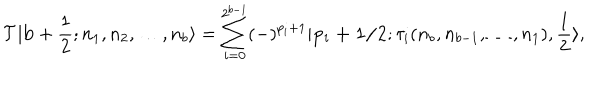
LaTeX: { \cal T } | { \bf b } + \frac { 1 } { 2 } ; n _ { 1 } , n _ { 2 } , \ldots , n _ { b } \rangle = \sum _ { i = 0 } ^ { 2 ^ { b - 1 } } ( - ) ^ { p _ { i } + 1 } | { \bf { p _ { i } + 1 / 2 } } ; \tau _ { i } ( n _ { b } , n _ { b - 1 } , \ldots , n _ { 1 } ) , \frac { 1 } { 2 } \rangle ,